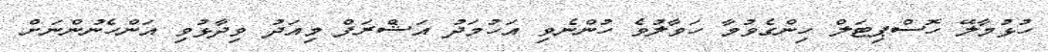
ހުޅުމާލޭ ހޮސްޕިޓަލް ހިންގެވުމާ ހަވާލުވެ ހުންނެވި އަހުމަދު އަޝްރަފް މިއަދު ވިދާޅުވި އަންހެނުންނަށް